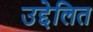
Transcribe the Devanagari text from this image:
उद्देलित